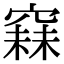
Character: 𥧙